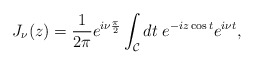
\begin{align*}J_\nu(z)={1\over2\pi} e^{i\nu{\pi\over2}}\int_{\cal C} dt\; e^{-iz\cos t}e^{i\nu t},\end{align*}